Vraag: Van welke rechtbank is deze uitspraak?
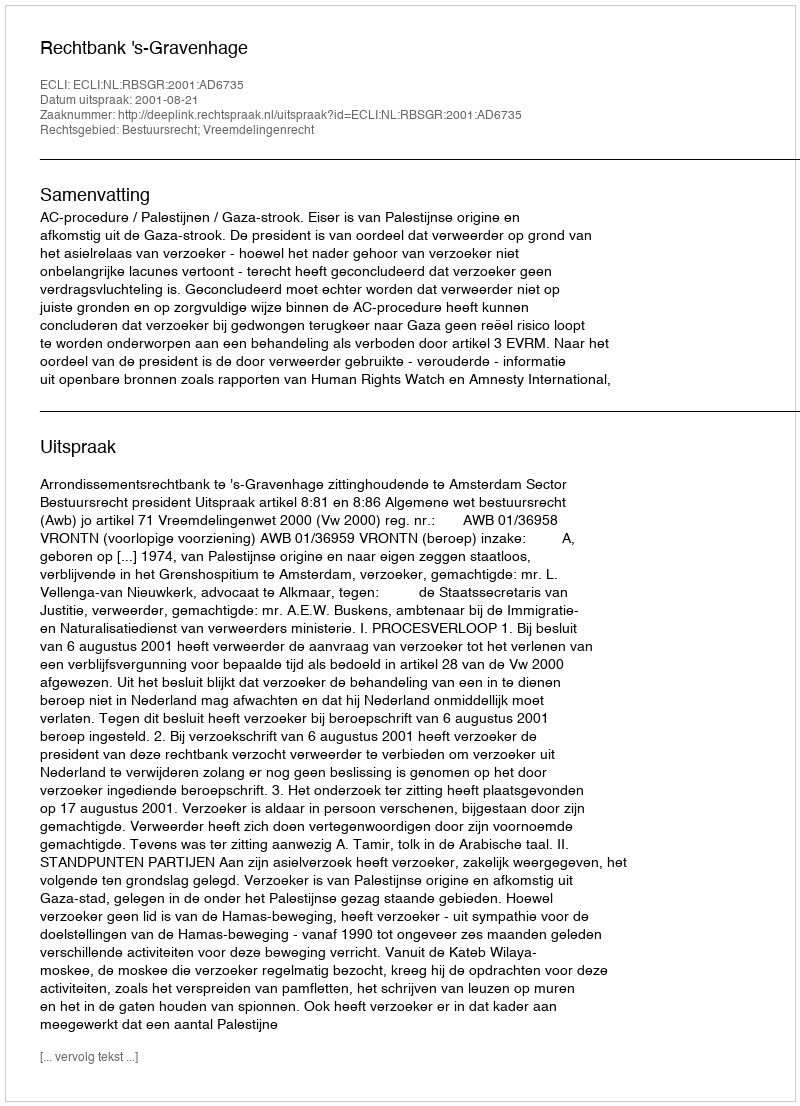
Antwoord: Rechtbank 's-Gravenhage